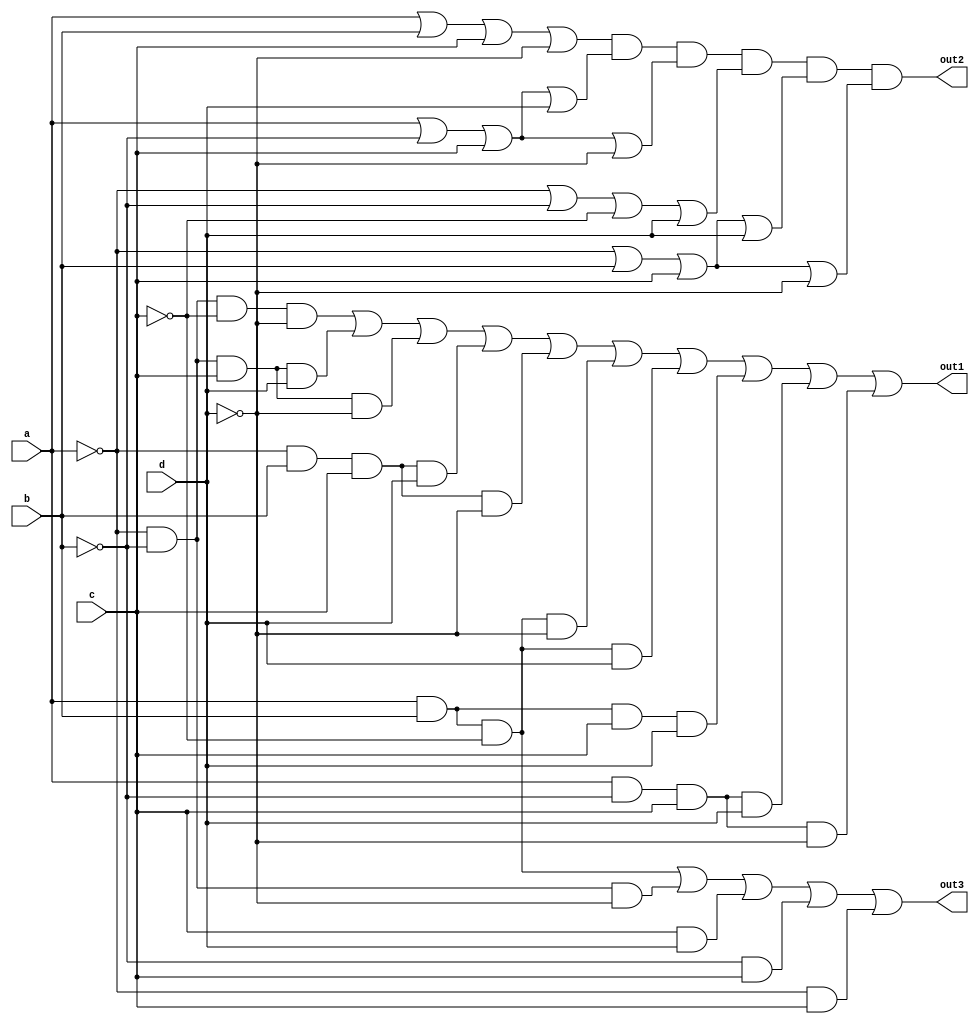
module ass1_task3(input a,b,c,d, output out1, out2, out3);

assign out1 = ~a&~b&~c&~d | ~a&~b&c&d | ~a&~b&c&~d | ~a&b&c&d | ~a&b&c&~d | a&b&~c&~d | a&b&~c&d | a&b&c&d | a&~b&c&d | a&~b&c&~d;
assign out2 = (a|b|c|~d) & (a|~b|c|d) & (a|~b|c|~d) & (~a|~b|~c|d) & (~a|b|c|d) & (~a|b|c|~d);
assign out3 = a&b&~c | ~a&~b&~d | c&d | ~b&c | ~a&c;

endmodule